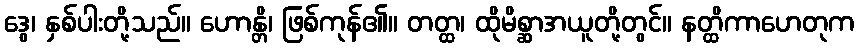
ဒွေ၊ နှစ်ပါးတို့သည်။ ဟောန္တိ၊ ဖြစ်ကုန်၏။ တတ္ထ၊ ထိုမိစ္ဆာအယူတို့တွင်။ နတ္ထိကာဟေတုက